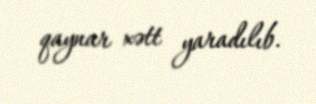
qaynar xətt yaradılıb.